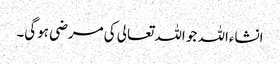
انشاءاللہ جو اللہ تعالی کی مرضی ہوگی۔